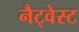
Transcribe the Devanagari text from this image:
नैट्वेस्ट